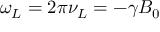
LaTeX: \omega _ { L } = 2 \pi \nu _ { L } = - \gamma B _ { 0 }